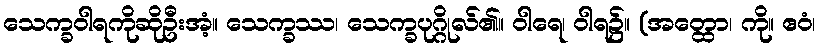
သေက္ခဝါရကိုဆိုဦးအံ့။ သေက္ခဿ၊ သေက္ခပုဂ္ဂိုလ်၏။ ဝါရေ၊ ဝါရ၌။ (အတ္ထော၊ ကို။ ဧဝံ၊